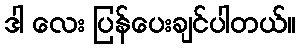
ဒါ လေး ပြန်ပေးချင်ပါတယ်။